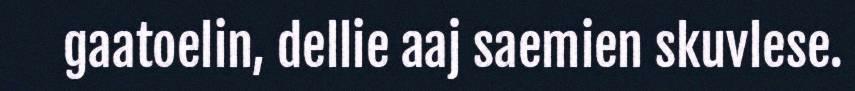
gaatoelin, dellie aaj saemien skuvlese.